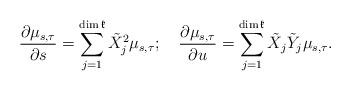
LaTeX: \begin{align*}\frac{\partial\mu_{s,\tau}}{\partial s}=\sum_{j=1}^{\dim\mathfrak{k}}\tilde{X}_{j}^{2}\mu_{s,\tau};\quad\frac{\partial\mu_{s,\tau}}{\partial u}=\sum_{j=1}^{\dim\mathfrak{k}}\tilde{X}_{j}\tilde{Y}_{j}\mu_{s,\tau}.\end{align*}